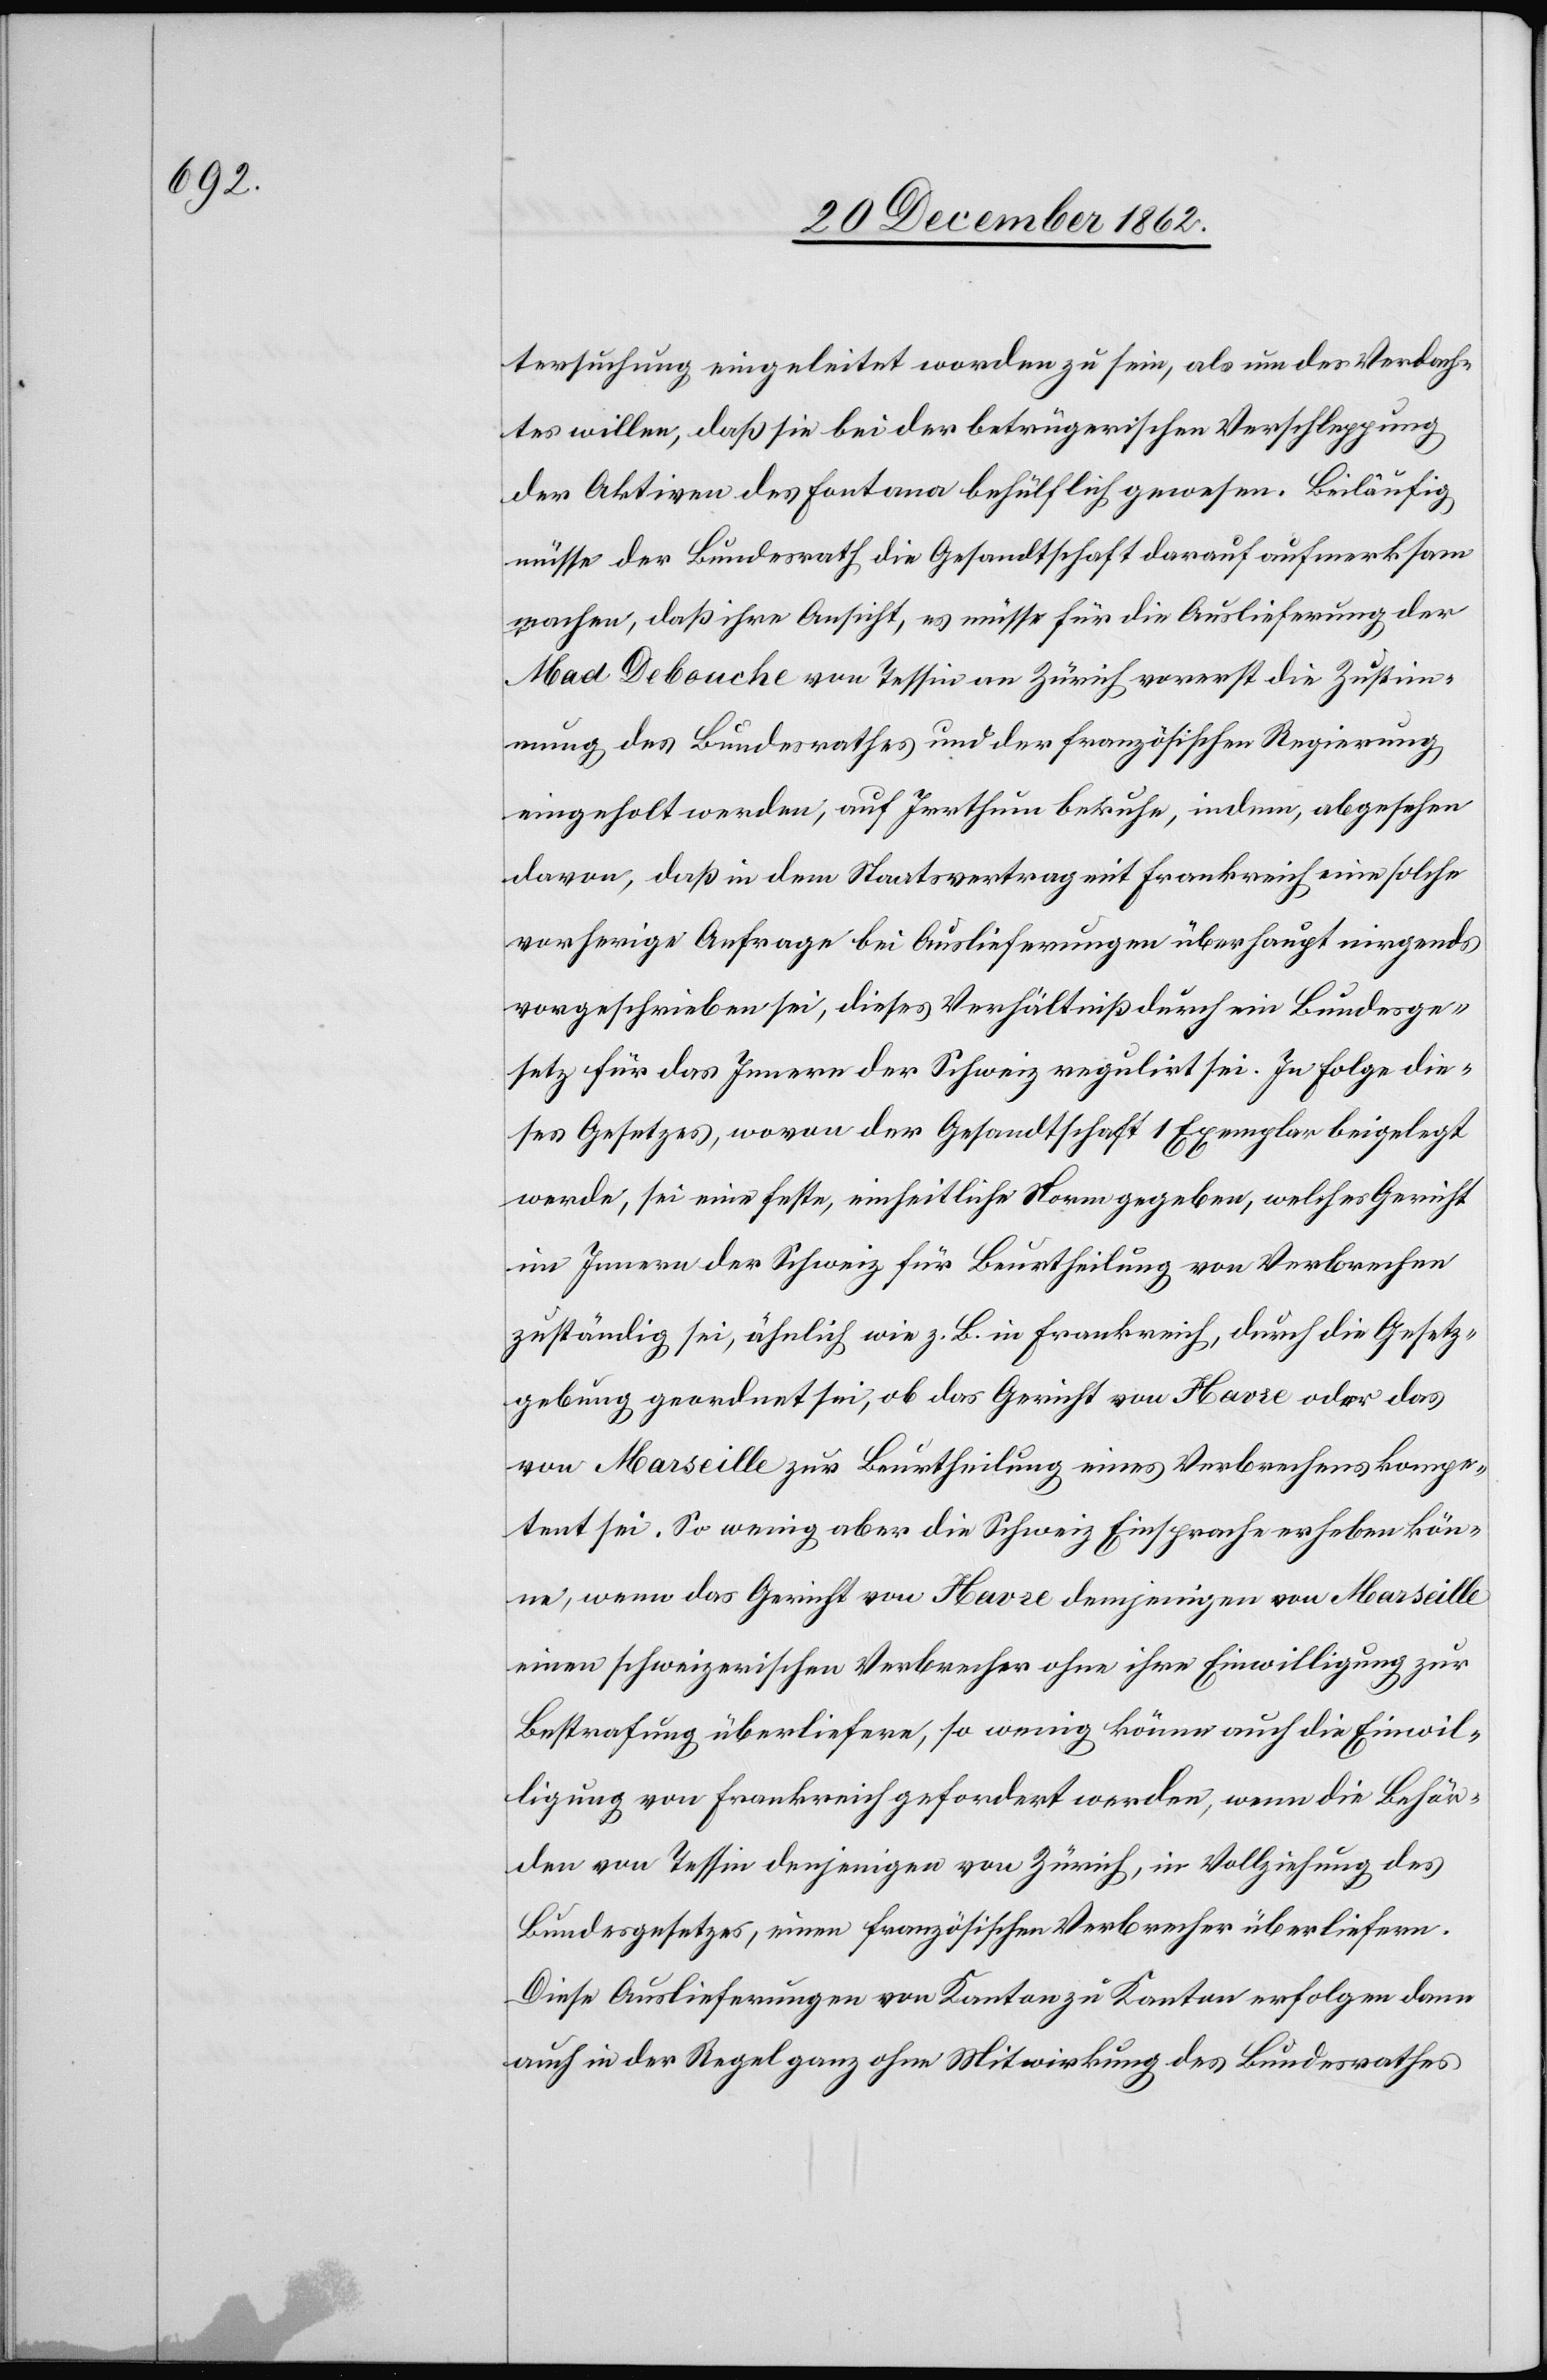
tersuchung eingeleitet worden zu sein, als um des Verdach¬
tes willen, daß sie bei der betrügerischen Verschleppung
der Aktiven des Fontana behülflich gewesen. Beiläufig
müsse der Bezirksrath die Gesandtschaft darauf aufmerksam
machen, daß ihre Ansicht, es müsse für die Auslieferung der
Mad. Debouche von Tessin an Zürich vorerst die Zustim¬
mung des Bundesrathes und der französischen Regierung
eingeholt werden, auf Irrthum beruhe, indem, abgesehen
davon, daß in dem Staatsvertrag mit Frankreich eine solche
vorherige Anfrage bei Auslieferungen überhaupt nirgends
vorgeschrieben sei, dieses Verhältniß durch ein Bundesge¬
setz für das Innere der Schweiz regulirt sei. In Folge die¬
ses Gesetzes, wovon der Gesandtschaft 1 Exemplar beigelegt
werde, sei eine feste, einheitliche Norm gegeben, welches Gericht
im Innern der Schweiz für Beurtheilung von Verbrechen
zuständig sei, ähnlich wie z. B. in Frankreich, durch die Gesetz¬
gebung geordnet sei, ob das Gericht von Havre oder das
von Marseille zur Beurtheilung eines Verbrechens kompe¬
tent sei. So wenig aber die Schweiz Einsprache erhoben kön¬
ne, wenn das Geicht von Havre demjenigen von Marseille
einen schweizerischen Verbrecher ohne ihre Einwilligung zur
Bestrafung überliefere, so wenig könne auch die Einwil¬
ligung von Frankreich gefordert werden, wenn die Behör¬
den von Tessin derjenigen von Zürich, in Vollziehung des
Bundesgesetzes, einen französischen Verbrecher überliefern.
Diese Auslieferungen von Kanton zu Kanton erfolgen dann
auch in der Regel ganz ohne Mitwirkung des Bundesrathes